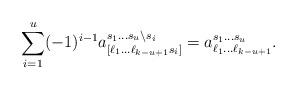
LaTeX: \begin{align*}\sum_{i=1}^{u} (-1)^{i-1}a_{[\ell_1\dots \ell_{k-u+1}s_i]}^{s_1\dots s_{u}\setminus s_i}=a_{\ell_1\dots\ell_{k-u+1}}^{s_1\dots s_{u}}.\end{align*}